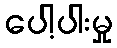
ပေါ့ပါးမှု